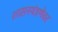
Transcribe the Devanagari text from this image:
शासनयंत्रणेवर